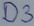
Text: D3